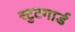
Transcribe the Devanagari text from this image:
स्टुटगार्ड